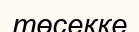
төсекке